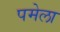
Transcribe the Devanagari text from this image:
पमेला